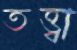
তত্ত্বা